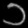
Digit: ၁